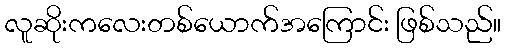
လူဆိုးကလေးတစ်ယောက်အကြောင်း ဖြစ်သည်။